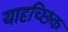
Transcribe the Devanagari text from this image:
यादृच्‍छिक